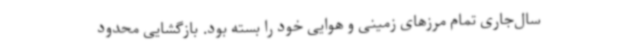
سال‌جاری تمام مرزهای زمینی و هوایی خود را بسته بود. بازگشایی محدود